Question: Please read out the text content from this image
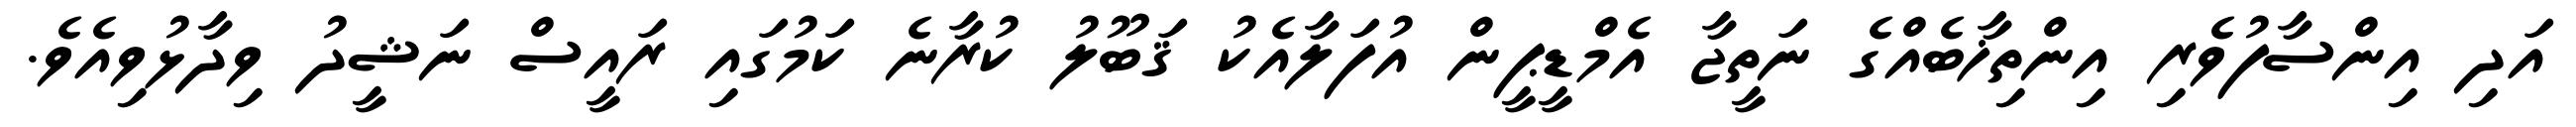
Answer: އަދި އިންސާފުވެރި އިންތިޚާބެއްގެ ނަތީޖާ އެމްޑީޕީން އުފަލާއެކު ޤަބޫލު ކުރާނެ ކަމުގައި ރައީސް ނަޝީދު ވިދާޅުވިއެވެ.